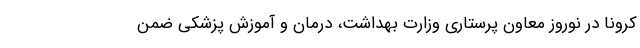
کرونا در نوروز معاون پرستاری وزارت بهداشت، درمان و آموزش پزشکی ضمن